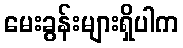
မေးခွန်းများရှိပါက